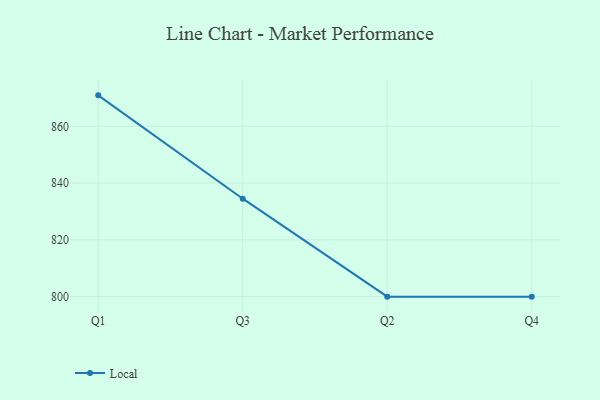
{"axis": {"x": "Quarter", "y": "Customer Acquisition Cost (USD)"}, "legend": ["Local"], "data": [{"x": "Q1", "y": 870.9, "type": "Local"}, {"x": "Q3", "y": 834.5, "type": "Local"}, {"x": "Q2", "y": 800, "type": "Local"}, {"x": "Q4", "y": 800, "type": "Local"}]}